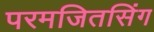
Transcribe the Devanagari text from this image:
परमजितसिंग